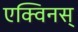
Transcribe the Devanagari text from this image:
एक्विनस्